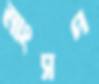
মাংসপ